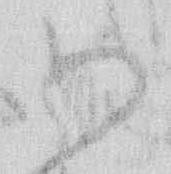
御